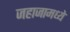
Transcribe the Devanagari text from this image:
जहाजामध्ये